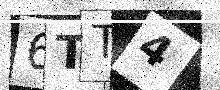
Text: 6TT4